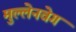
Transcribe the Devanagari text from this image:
मुल्लेनवेग